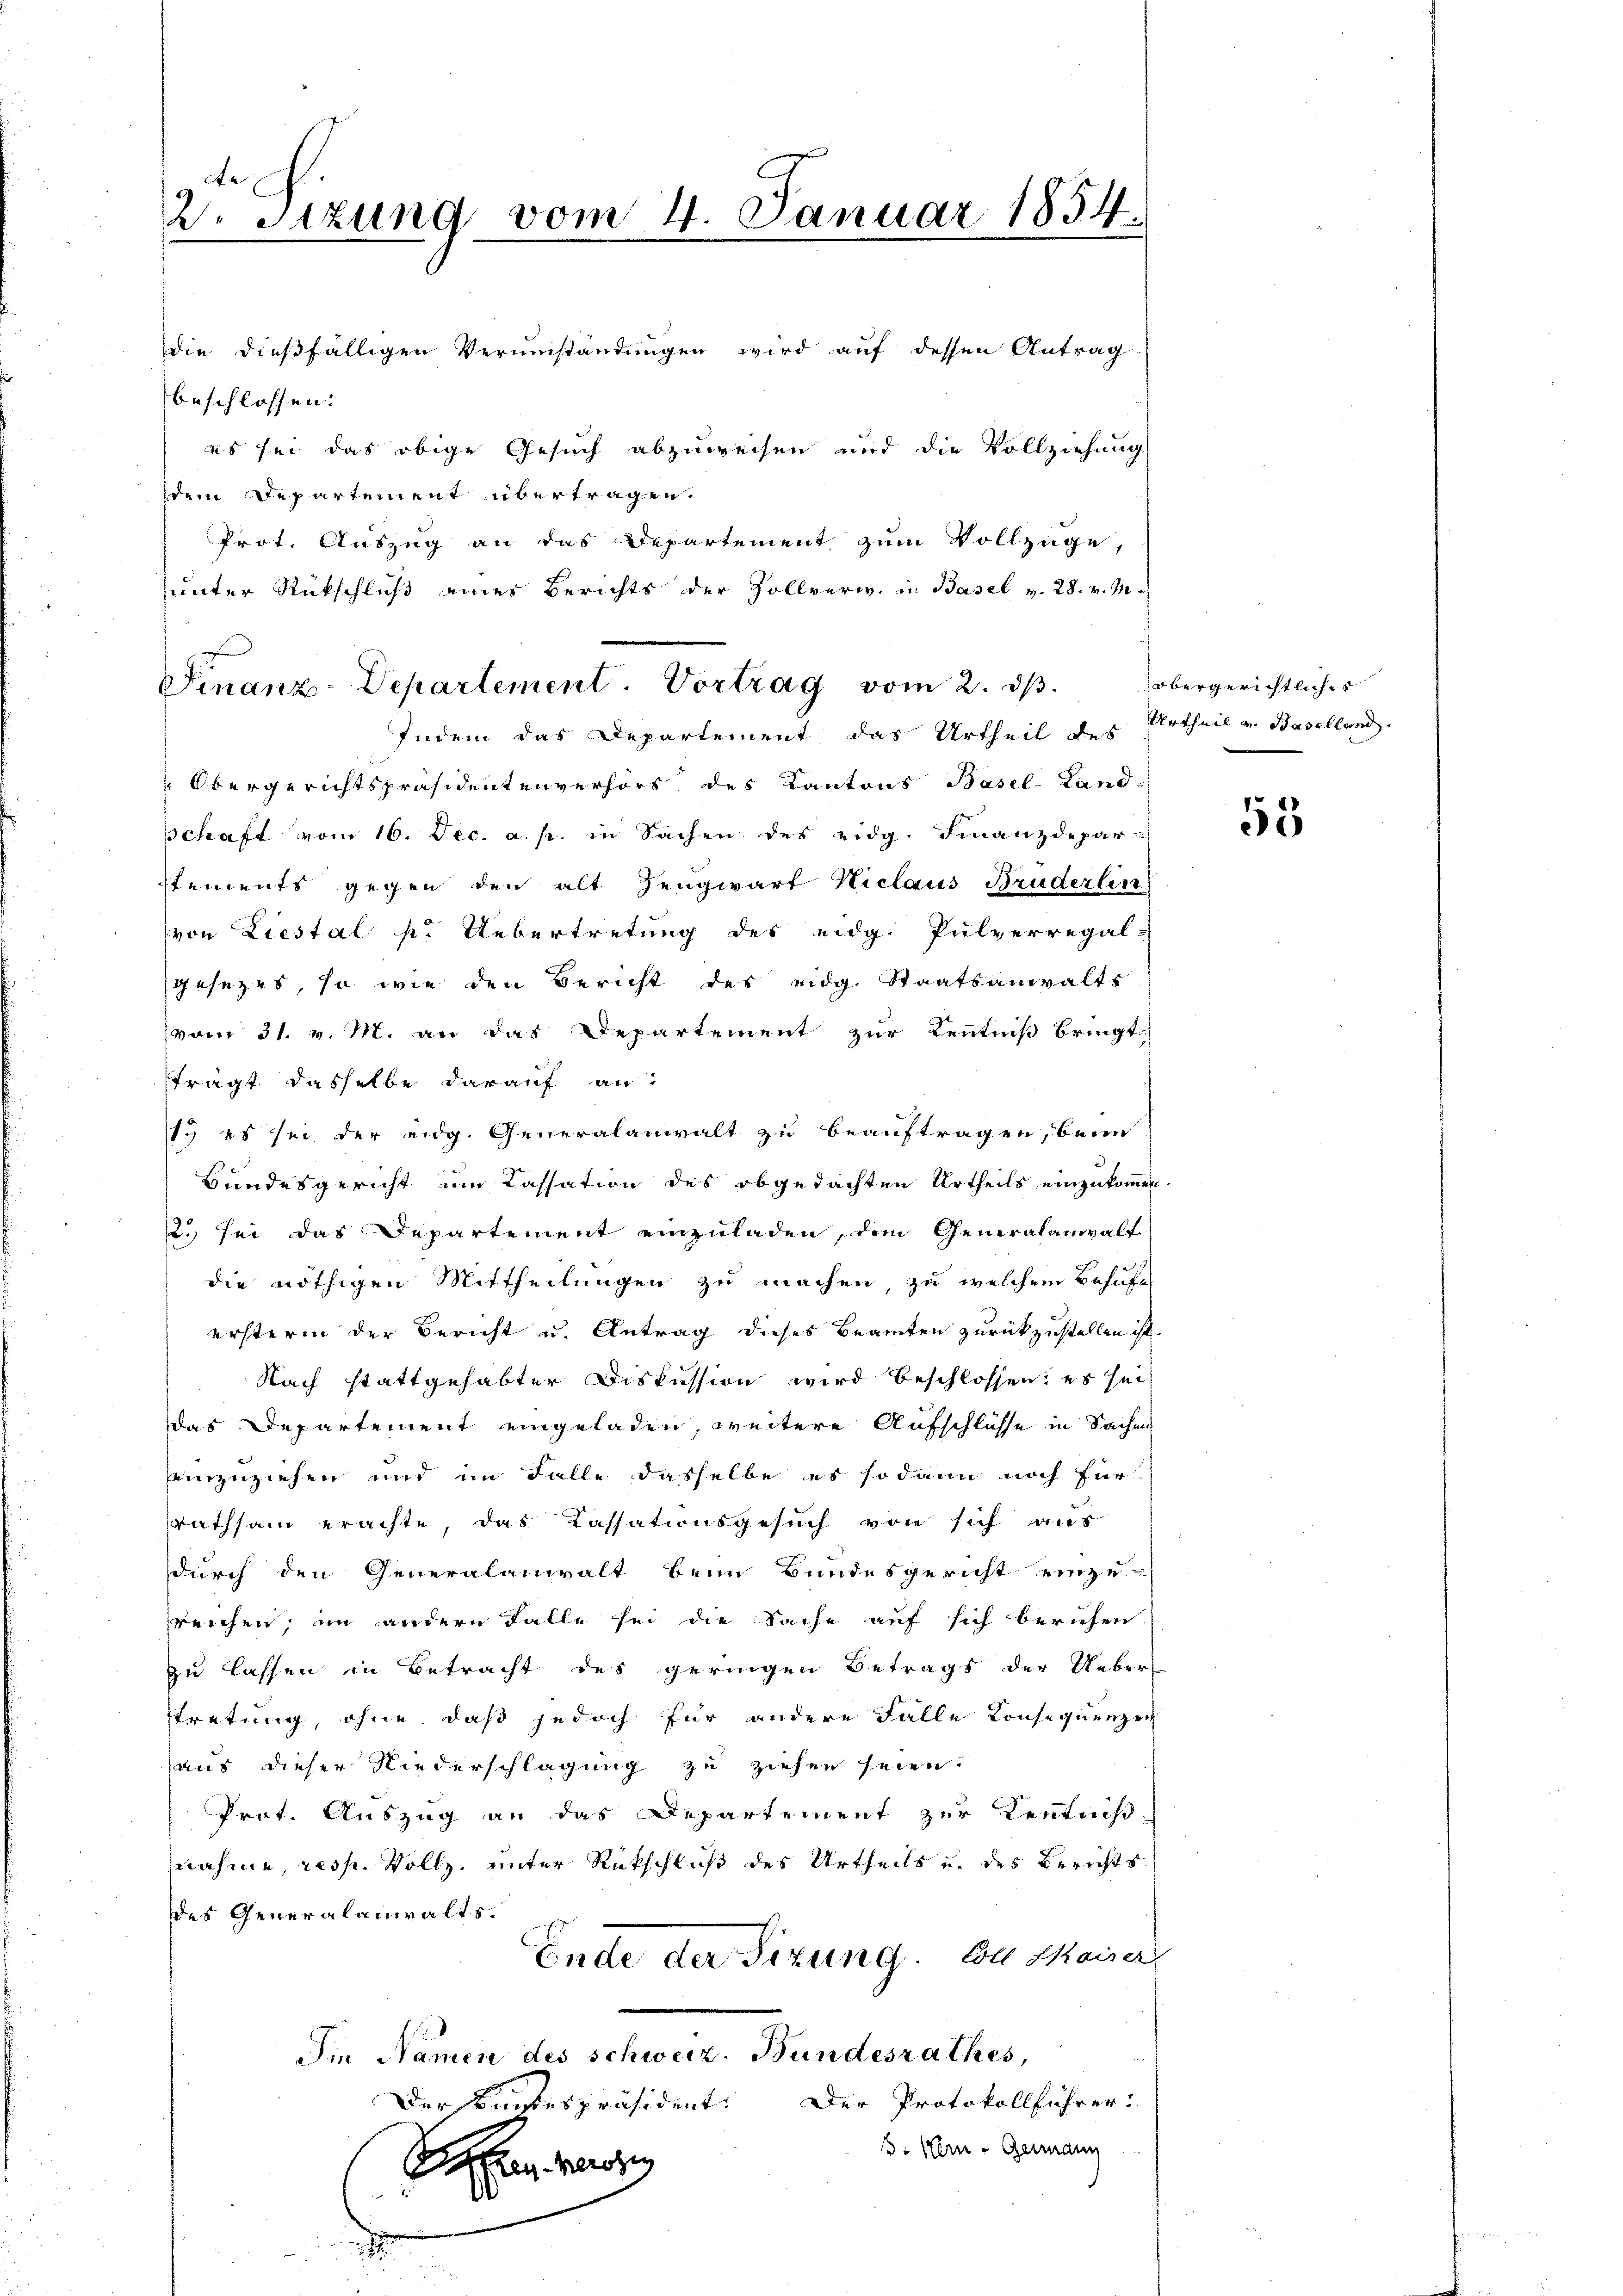
2. Sizung vom 4. Januar 1854.

die dießfälligen Verumstandungen wird auf dessen Antrag
beschlossen.
es sei das obige Gesuch abzuweisen und die Vollziehung
dem Departement übertragen.
Prot. Auszug an das Departement zum Vollzüge,
unter Rückschluß eines Berichts der Zollverw. in Basel v. 28. v. M.
Indem das Departement das Urtheil des
Obergerichtspräsidentenversors des Kantons Basel-Land-
schaft vom 16. Dec. a. p. in Sachen des eidg. Finanzdepar-
stements gegen den alt Hengwart Niclaus Bruderlin
von Liestal k. Uebertretung des eidg. Pulverregal-
gesezes, so wie den Bericht des eidg. Staatsanwalts
vom 31. v. M. an das Departement zur Kenntniß bringt
trägt dasselbe darauf an:
1. es sei der eidg. Generalanwalt zu beauftragen, beim
Bundesgericht um Cassation des obgedachten Urtheils einzukommen.
2. sei das Departement einzuladen, dem Generalanwalt
die nöthigen Mittheilungen zu machen, zu welchem Behufe
ersterm der Bericht u. Antrag dieses Beamten zurückzustellen ist.
Nach stattgehabter Diskussion wird beschlossen; es sei
das Departement eingeladen, weitere Aufschlüsse in Sachen
einzuziehen und im Falle dasselbe es sodann noch für
rathsam erachte, das Cassationsgesuch von sich aus
durch den Generalanwalt beim Bundesgericht einzu-
reichen; im andern Falle sei die Sache auf sich berufen
zu lassen in Betracht des geringen Betrags der Ueber
tretung, ohne daß jedoch für andere Falle Konsequenzen
aus dieser Niederschlagung zu ziehen seien.
Prot. Auszug an das Departement zur Kenntniß
nahme, resp. Vollz, unter Rückschluß des Urtheils u. des Berichtsddes Generalanwalts.
Ende der Sizung. Von Kaiser
Im Namen des schweiz. Bundesrathes
Der Bundespräsident: Der Protokollführer:
5: Nein - Germann
Den Herze
i
.

Finanz-Departement. Vortrag vom 2. dβ.

obergerichtlicher
Urtheil v. Baselland.

55